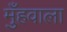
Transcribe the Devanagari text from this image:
मुँहवाला